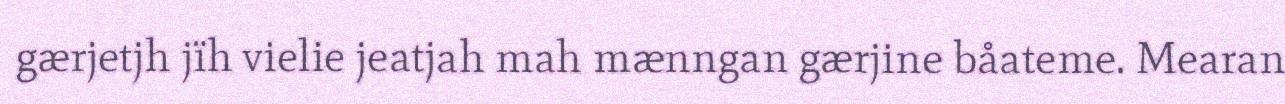
gærjetjh jïh vielie jeatjah mah mænngan gærjine båateme. Mearan